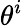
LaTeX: \theta^{i}